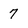
Character: 7